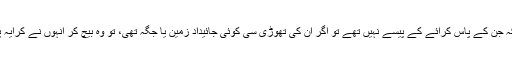
بعض غریب لوگ ایسے بھی آئے تھے کہ جن کے پاس کرائے کے پیسے نہیں تھے تو اگر اُن کی تھوڑی سی کوئی جائیداد زمین یا جگہ تھی، تو وہ بیچ کر انہوں نے کرایہ پورا کیا اور سنگاپور پہنچے ہوئے تھے۔